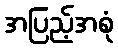
အပြည့်အစုံ